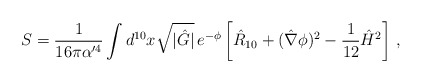
\begin{align*}S = {1\over 16\pi\alpha^{\prime4}}\int d^{10}x \sqrt{|\hat{G}|} \, e^{-\phi} \left[ \hat{R}_{10} +(\hat\nabla\phi)^2 - {1\over12} \hat{H}^2 \right] \,,\end{align*}